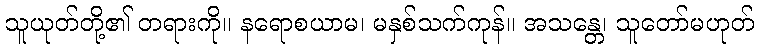
သူယုတ်တို့၏ တရားကို။ နရောစယာမ၊ မနှစ်သက်ကုန်။ အသန္တေ၊ သူတော်မဟုတ်